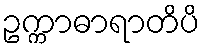
ဥက္ကာဓာရာတိပိ